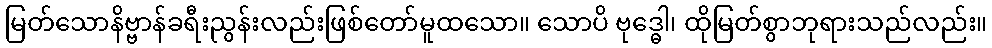
မြတ်သောနိဗ္ဗာန်ခရီးညွန်းလည်းဖြစ်တော်မူထသော။ သောပိ ဗုဒ္ဓေါ၊ ထိုမြတ်စွာဘုရားသည်လည်း။